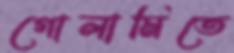
গোলামিতে